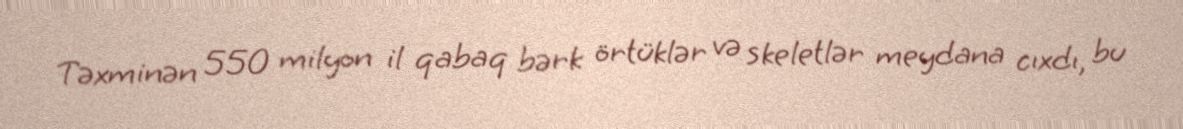
Təxminən 550 milyon il qabaq bərk örtüklər və skeletlər meydana cıxdı, bu